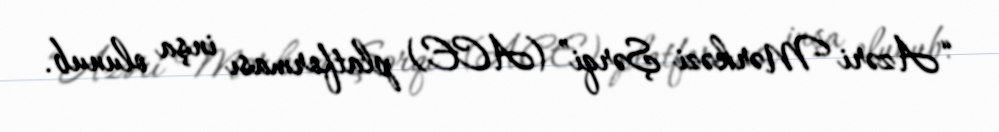
“Azəri Mərkəzi Şərqi” (ACE) platforması inşa olunub.